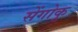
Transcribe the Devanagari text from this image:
सेंगोकु